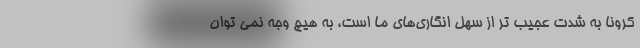
کرونا به شدت عجیب تر از سهل انگاری‌های ما است، به هیچ وجه نمی توان